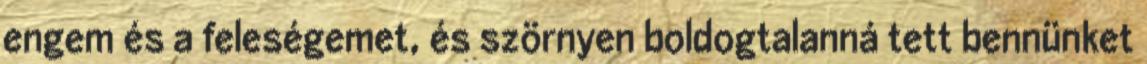
engem és a feleségemet, és szörnyen boldogtalanná tett bennünket